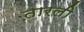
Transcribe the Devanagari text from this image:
तारली